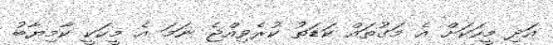
އަދި މީހަކަށް އެ މަގުތައް ކަޑަތު ކުރެވިއްޖެ ނަމަ އެ މީހަކީ ކާމިޔާބު